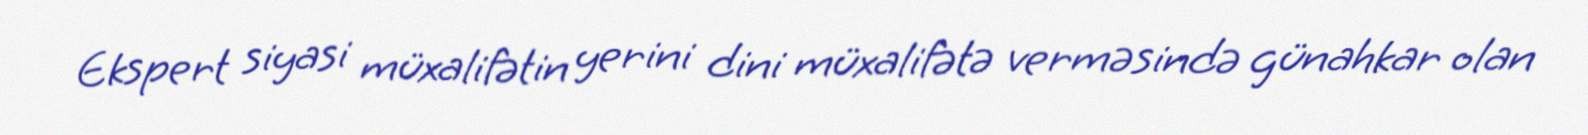
Ekspert siyasi müxalifətin yerini dini müxalifətə verməsində günahkar olan